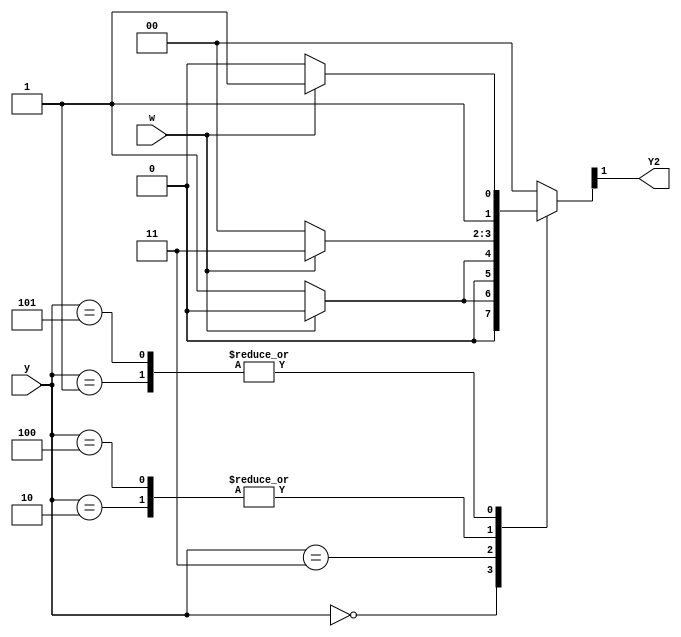
module top_module (
    input [3:1] y,
    input w,
    output Y2);

    parameter A = 0,
              B = 1,
              C = 2,
              D = 3,
              E = 4,
              F = 5;

    reg [3:1] state, next_state;
    
    assign state = y;
    assign Y2 = next_state[2];

    always @(*) begin
        case (state)
            A: next_state = w ? A : B;
            B: next_state = w ? D : C;
            C: next_state = w ? D : E;
            D: next_state = w ? A : F;
            E: next_state = w ? D : E;
            F: next_state = w ? D : C;
            default: next_state = A;
        endcase
    end

endmodule